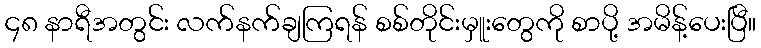
၄၈ နာရီအတွင်း လက်နက်ချကြရန် စစ်တိုင်းမှူးတွေကို စာပို့ အမိန့်ပေးပြီ။